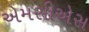
એમસીએસ